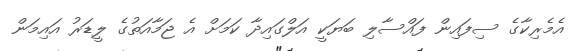
އެމެރިކާގެ ސިފައިން ފައްސާލި ބަޔަކީ އަލްގައިދާ ކަމަށް އެ ޖަމާއަތުގެ ލީޑަރު އައިމަން